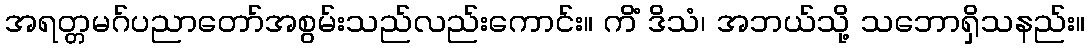
အရတ္တမဂ်ပညာတော်အစွမ်းသည်လည်းကောင်း။ ကိံ ဒိသံ၊ အဘယ်သို့ သဘောရှိသနည်း။